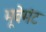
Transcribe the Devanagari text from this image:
मूवेमंट